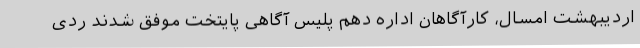
اردیبهشت امسال، کارآگاهان اداره دهم پلیس آگاهی پایتخت موفق شدند ردی